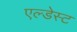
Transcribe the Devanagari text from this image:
एल्डेस्ट